King Institute of Preventive Medicine Micro-Biological Section reports 1909-11
Year: 1909
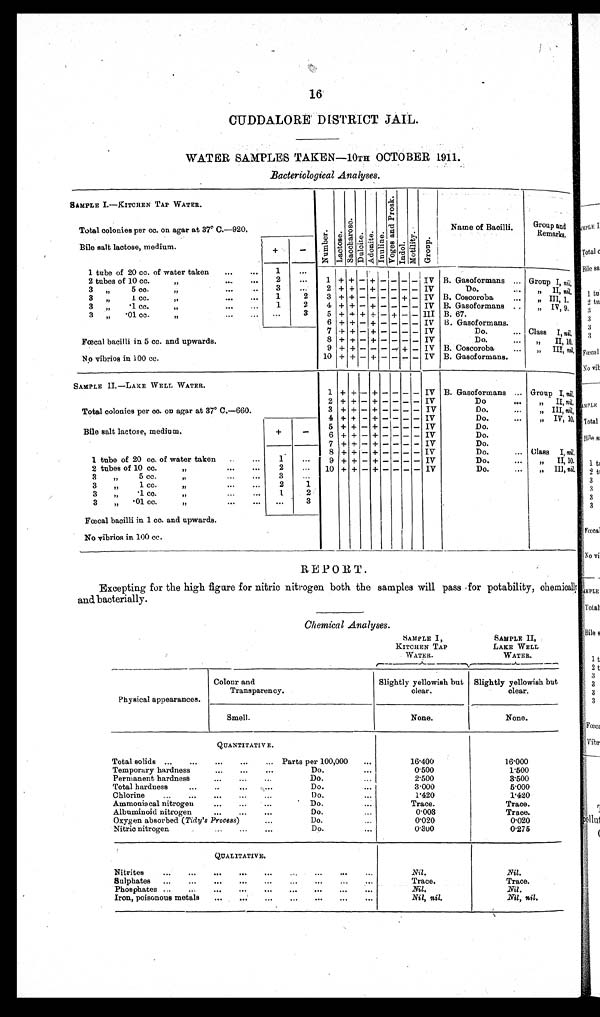
CUDDALORE DISTRICT JAIL.
WATER SAMPLES TAKEN—10TH OCTOBER 1911.
Bacteriological Analyses.
SAMPLE I.—KITCHEN TAP WATER.
NumberLactose.Sacchar ose.Dul ci t e.Adoni t e.Inul i ne. v o g e s a n d P r o s k Indol.Mot i l i t yGroup.
Name of Bacilli.
Group and
Remark
s
Total colonies per co. on agar at 37° C.—920.
Bile salt lactose, medium.
+
−
1 tube of 20 cc. of water taken
1
2 tubes of 10 cc.
2
1 + + − + − − − − IV B. Gasoformans
Group I, nil,
3 „ 5 cc. „
3
2 + + − + − − − − IV
Do.
„ II, nil.
3 „ 1.cc. „
1
2
3 + + − − − − + − IV B. Coscoroba
„ III, nil.
3 „ .1.cc. „
1
2
4 + + − + − − − − IV B. Gasoformans
„ I V, 9.
3 „ .01.cc „
3
5 + + + + − + − − III B. 67.
Fœcal bacilli in 5 cc. and upwards.
6 + + − + − − − − IV B. Gasoformans.
7 + + − + − − − − IV
Do.
Class I, nil,
8 + + − + − − − − IV
Do.
„ II, 10.
9 + + − − − − + − IV B. Coscoroba
„ III, nil,
No vibrios in 100 cc.
10 + + − + − − − − IV B. Gasoformans.
SAMPLE II.—LAKE WELL WATER.
1 + + − + − − − − IV B. Gasoformans
Group I, nil.
Total colonies per co. on agar at 37° C.—660.
2 + + − + − − − − IV
Do
„ II, nil.
3 + + − + − − − − IV
Do
„ III, nil.
4 + + − + − − − − IV
Do
„ IV, 10.
5 + + − + − −
− − IV
Do.
Bile salt lactose, medium.
+
−
6 + + − + − −
− − IV
Do.
7 + + − + − − −
− IV
Do.
8 + + − +− −
− − IV
Do.
Class I, nil,
1 tube of 20 cc. of water taken
1
9 + + − +− −
− −
I V
Do.
„ II,10.
2 tubes of 10 cc
2
10 + + − +− −
− − IV
Do.
„ II, nil.
3 „ 5 cc. „
3
3 „ 1.cc. „
2
1
3 „ 1 . c c . „
2
3 „ .01.cc. „
3
Fœcal bacilli in 1 cc. and upwards.
No vibrios in 100 cc.
REPORT.
Excepting for the high figure for nitric nitrogen both the samples will pass for potability, chemically
and bacterially.
Chemical Analyses.
SAMPLE I,
KITCHEN TAP
WATER.
SAMPLE II,
LAKE WELL
WATER.
Physical appearances.
Colour and
Transparency.
Slightly yellowish but
clear,
Slightly yellowish but
clear.
Smell.
None.
None.
QUANTITATIVE.
Total solids
Parts per 100,000
16.400
16.000
Temporary hardness
Do.
0.500
1.500
Permanent hardness
Do.
2.500
3.500
Total hardness
Do.
3.000
5.000
Chlorine
Do.
1.420
1.420
Ammonia cal nitrogen
Do.
Trace.
Trace.
Albuminoid nitrogen
Do.
0.003
Trace.
Oxygen absorbee(Tidy's P r o c e s s )
Do.
0.020
0.020
Nitric nitroge
Do.
0.300
0.275
QUALITATIVE.
Nitrites
Nil.
Nil.
Sulphates
Trace.
Trace.
Phosphates
Nil.
Nil.
Iron, poisonous metals
Nil, nil.
N11, nil .